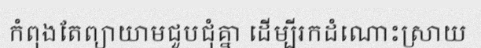
កំពុងតែព្យាយាមជួបជុំគ្នា ដើម្បីរកដំណោះស្រាយ